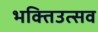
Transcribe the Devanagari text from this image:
भक्तिउत्सव